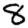
Digit: 8